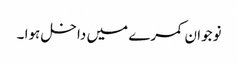
نوجوان کمرے میں داخل ہوا ۔